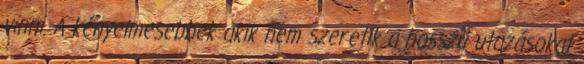
vinni. A kényelmesebbek akik nem szeretik a hosszú utazásokat